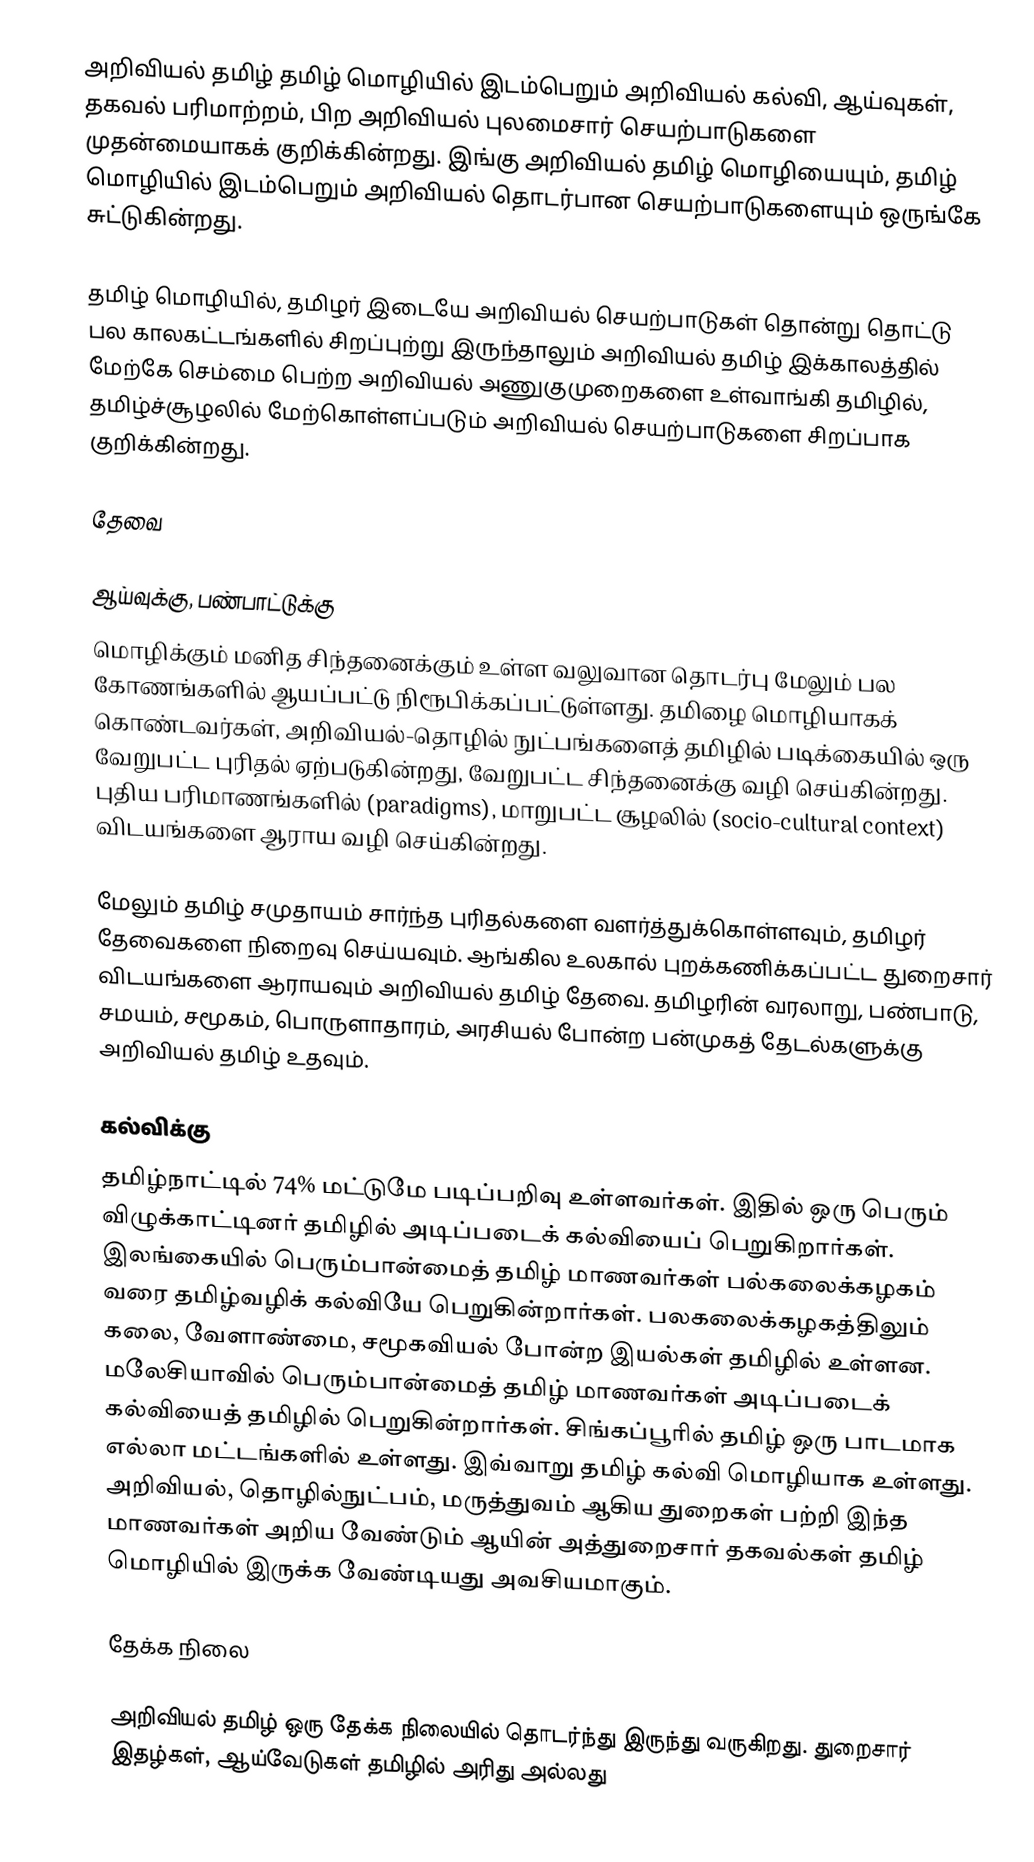
அறிவியல் தமிழ் தமிழ் மொழியில் இடம்பெறும் அறிவியல் கல்வி, ஆய்வுகள், தகவல் பரிமாற்றம், பிற அறிவியல் புலமைசார் செயற்பாடுகளை முதன்மையாகக் குறிக்கின்றது.  இங்கு அறிவியல் தமிழ் மொழியையும், தமிழ் மொழியில் இடம்பெறும் அறிவியல் தொடர்பான செயற்பாடுகளையும் ஒருங்கே சுட்டுகின்றது.

தமிழ் மொழியில், தமிழர் இடையே அறிவியல் செயற்பாடுகள் தொன்று தொட்டு பல காலகட்டங்களில் சிறப்புற்று இருந்தாலும் அறிவியல் தமிழ் இக்காலத்தில் மேற்கே செம்மை பெற்ற அறிவியல் அணுகுமுறைகளை உள்வாங்கி தமிழில், தமிழ்ச்சூழலில் மேற்கொள்ளப்படும் அறிவியல் செயற்பாடுகளை சிறப்பாக குறிக்கின்றது.

தேவை

ஆய்வுக்கு, பண்பாட்டுக்கு
மொழிக்கும் மனித சிந்தனைக்கும் உள்ள வலுவான தொடர்பு மேலும் பல கோணங்களில் ஆயப்பட்டு நிரூபிக்கப்பட்டுள்ளது. தமிழை மொழியாகக் கொண்டவர்கள், அறிவியல்-தொழில் நுட்பங்களைத் தமிழில் படிக்கையில் ஒரு வேறுபட்ட புரிதல் ஏற்படுகின்றது, வேறுபட்ட சிந்தனைக்கு வழி செய்கின்றது. புதிய பரிமாணங்களில் (paradigms), மாறுபட்ட சூழலில் (socio-cultural context) விடயங்களை ஆராய வழி செய்கின்றது.

மேலும் தமிழ் சமுதாயம் சார்ந்த புரிதல்களை வளர்த்துக்கொள்ளவும், தமிழர் தேவைகளை நிறைவு செய்யவும். ஆங்கில உலகால் புறக்கணிக்கப்பட்ட துறைசார் விடயங்களை ஆராயவும் அறிவியல் தமிழ் தேவை.  தமிழரின் வரலாறு, பண்பாடு, சமயம், சமூகம், பொருளாதாரம், அரசியல் போன்ற பன்முகத் தேடல்களுக்கு அறிவியல் தமிழ் உதவும்.

கல்விக்கு
தமிழ்நாட்டில் 74% மட்டுமே படிப்பறிவு உள்ளவர்கள். இதில் ஒரு பெரும் விழுக்காட்டினர் தமிழில் அடிப்படைக் கல்வியைப் பெறுகிறார்கள். இலங்கையில் பெரும்பான்மைத் தமிழ் மாணவர்கள் பல்கலைக்கழகம் வரை தமிழ்வழிக் கல்வியே பெறுகின்றார்கள். பலகலைக்கழகத்திலும் கலை, வேளாண்மை, சமூகவியல் போன்ற இயல்கள் தமிழில் உள்ளன. மலேசியாவில் பெரும்பான்மைத் தமிழ் மாணவர்கள் அடிப்படைக் கல்வியைத் தமிழில் பெறுகின்றார்கள். சிங்கப்பூரில் தமிழ் ஒரு பாடமாக எல்லா மட்டங்களில் உள்ளது. இவ்வாறு தமிழ் கல்வி மொழியாக உள்ளது. அறிவியல், தொழில்நுட்பம், மருத்துவம் ஆகிய துறைகள் பற்றி இந்த மாணவர்கள் அறிய வேண்டும் ஆயின் அத்துறைசார் தகவல்கள் தமிழ் மொழியில் இருக்க வேண்டியது அவசியமாகும்.

தேக்க நிலை

அறிவியல் தமிழ் ஒரு தேக்க நிலையில் தொடர்ந்து இருந்து வருகிறது. துறைசார் இதழ்கள், ஆய்வேடுகள் தமிழில் அரிது அல்லது